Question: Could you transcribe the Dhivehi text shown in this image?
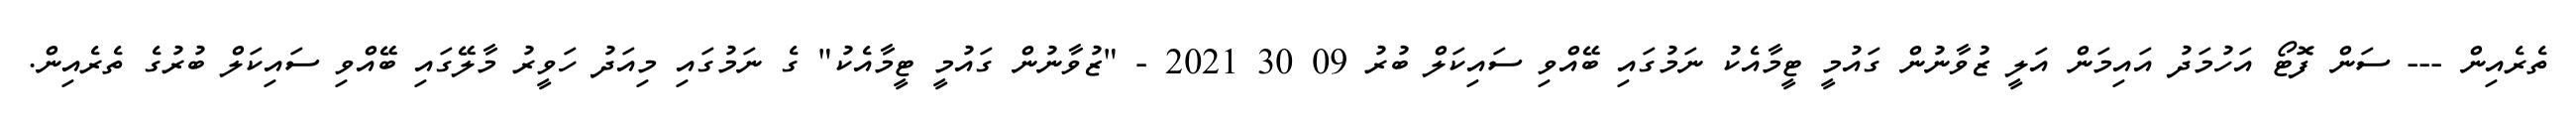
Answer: ތެރެއިން --- ސަން ފޮޓޯ އަހުމަދު އައިމަން އަލީ ޒުވާނުން ގައުމީ ޓީމާއެކު ނަމުގައި ބޭއްވި ސައިކަލް ބުރު 09 30 2021 - "ޒުވާނުން ގައުމީ ޓީމާއެކު" ގެ ނަމުގައި މިއަދު ހަވީރު މާލޭގައި ބޭއްވި ސައިކަލް ބުރުގެ ތެރެއިން.